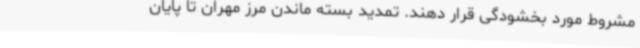
مشروط مورد بخشودگی قرار دهند. تمدید بسته ماندن مرز مهران تا پایان